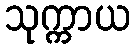
သုက္ကာယ